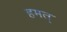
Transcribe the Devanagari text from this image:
हमत्